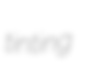
tinting